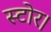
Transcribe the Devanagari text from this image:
स्टोर।